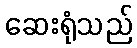
ဆေးရုံသည်